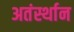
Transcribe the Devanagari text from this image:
अतंर्स्थान